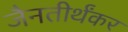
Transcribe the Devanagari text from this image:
जैनतीर्थंकर